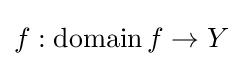
f:\operatorname {domain} f\to Y